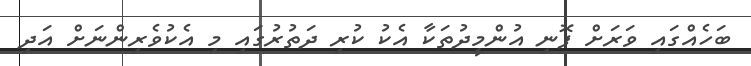
ބަހެއްގައި ވަރަށް ފޮނި އުންމީދުތަކާ އެކު ކުރި ދަތުރުގައި މި އެކުވެރިންނަށް އަދި